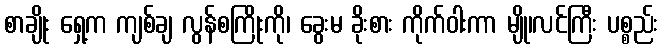
စာချိုး ရှေ့က ကျစ်ချ လွန်စကြိုးကို၊ ခွေးမ ခိုးစား ကိုက်ဝါးကာ မျို၊လင်ကြီး ပစ္စည်း